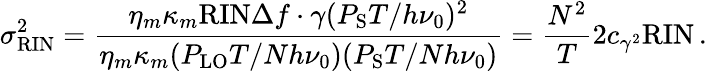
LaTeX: \sigma_{\mathrm{RIN}}^{2}=\frac{\eta_{m}\kappa_{m}\mathrm{RIN}\Delta f\cdot\gamma(P_{\mathrm{S}}T/h\nu_{0})^{2}}{\eta_{m}\kappa_{m}(P_{\mathrm{LO}}T/Nh\nu_{0})(P_{\mathrm{S}}T/Nh\nu_{0})}=\frac{N^{2}}{T}2c_{\gamma^{2}}\mathrm{RIN}\, .